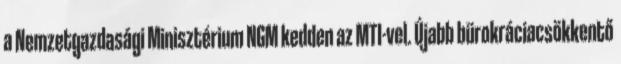
a Nemzetgazdasági Minisztérium NGM kedden az MTI-vel. Újabb bürokráciacsökkentő